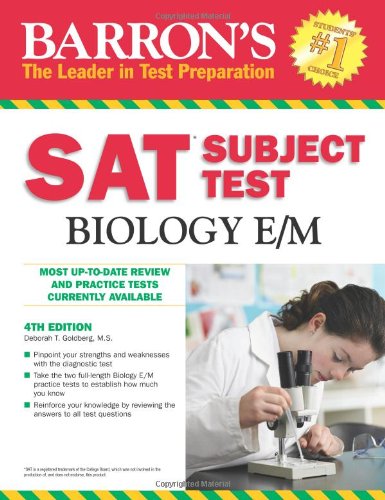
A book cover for Barron's SAT Subject Test Biology E/M, 4th Edition; Deborah T. Goldberg  M.S.; Test Preparation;